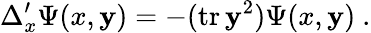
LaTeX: \Delta_{x}^{\prime}\Psi(x,\mathbf{y})=-(\mathrm{{tr}}\, \mathbf{y}^{2})\Psi(x,\mathbf{y})\ .